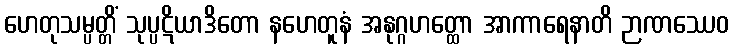
ဟေတုသမ္ပတ္တိံ သုပ္ပဋိယာဒိတော နဟေတူနံ အနုဂ္ဂဟတ္ထော အာကာရေနာတိ ဉာဏဿေဝ